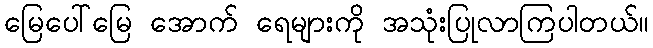
မြေပေါ်မြေ အောက် ရေများကို အသုံးပြုလာကြပါတယ်။